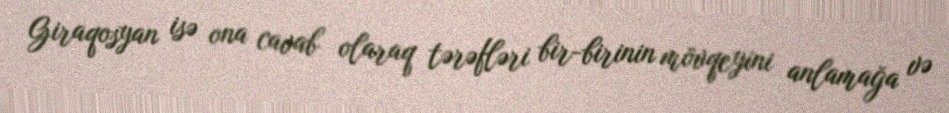
Giraqosyan isə ona cavab olaraq tərəfləri bir-birinin mövqeyini anlamağa və